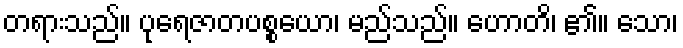
တရားသည်။ ပုရေဇာတပစ္စယော၊ မည်သည်။ ဟောတိ၊ ၏။ သော၊